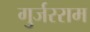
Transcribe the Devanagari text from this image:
गुर्जरराम